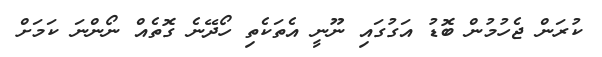
ކުރަން ޖެހުމުން ބޮޑު އަގުގައި ނޫނީ އެތަކެތި ހޯދޭނެ ގޮތެއް ނޯންނަ ކަމަށް